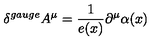
\delta ^ { g a u g e } A ^ { \mu } = \frac 1 { e ( x ) } \partial ^ { \mu } \alpha ( x ) \qquad